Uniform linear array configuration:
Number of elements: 32
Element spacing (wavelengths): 1
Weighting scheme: uniform
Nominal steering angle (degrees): -15
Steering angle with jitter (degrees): -14.871
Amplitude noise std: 0.05
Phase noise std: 0.05

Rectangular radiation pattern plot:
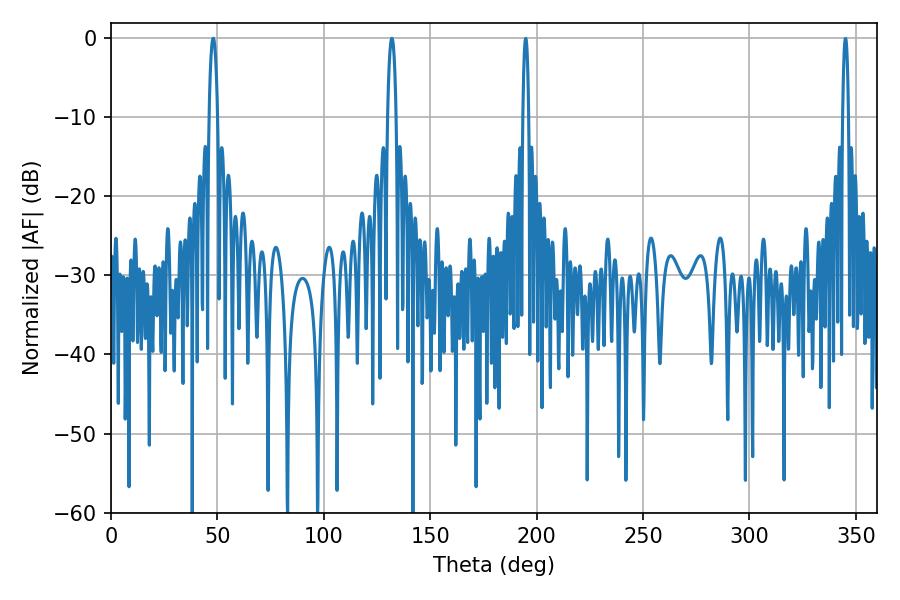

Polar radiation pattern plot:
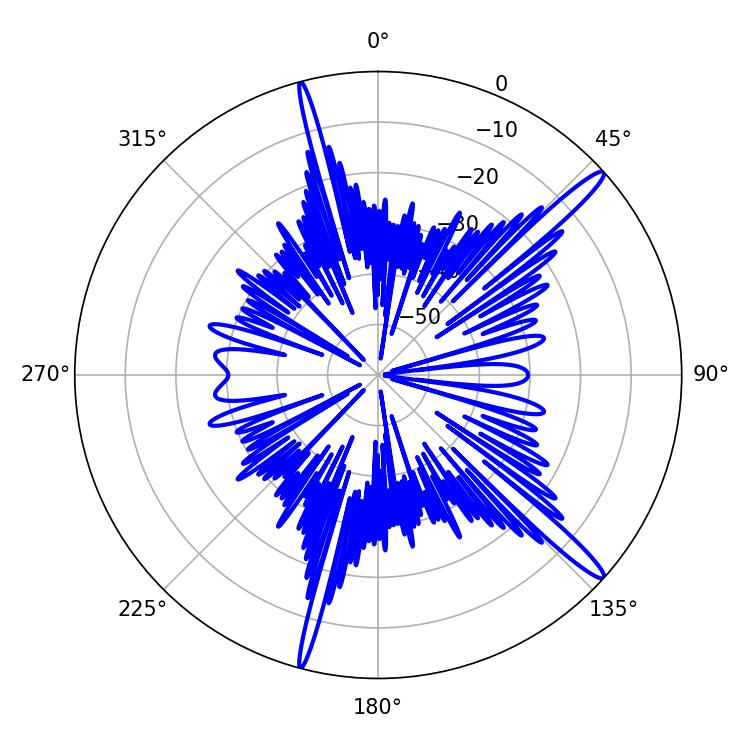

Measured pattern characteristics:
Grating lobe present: TRUE
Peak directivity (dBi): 15.865
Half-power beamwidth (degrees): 2.16
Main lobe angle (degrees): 48.06